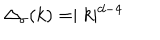
\Delta _ { \sigma } ( k ) = \mid { k } \mid ^ { d - 4 }